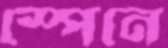
স্পেনে